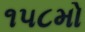
૧૫૮મો